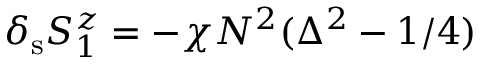
\delta _ { \mathrm { s } } S _ { 1 } ^ { z } = - \chi N ^ { 2 } ( \Delta ^ { 2 } - 1 / 4 )